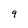
Character: q